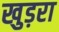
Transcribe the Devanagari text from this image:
खुड़रा